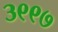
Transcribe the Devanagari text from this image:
३९९७